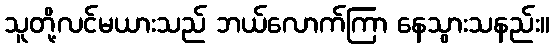
သူတို့လင်မယားသည် ဘယ်လောက်ကြာ နေသွားသနည်း။